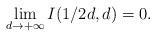
LaTeX: \begin{align*}\lim_{d\rightarrow+\infty}I(1/2d,d)=0.\end{align*}